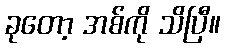
ခုတော့ အစ်ကို သိပြီ။